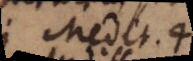
Medit. 4.